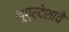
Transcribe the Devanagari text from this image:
भूप्र्देशाचे